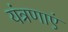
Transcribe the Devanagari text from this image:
यंत्रणाएं